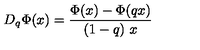
D _ { q } \Phi ( x ) = \frac { \Phi ( x ) - \Phi ( q x ) } { ( 1 - q ) \ x }